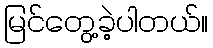
မြင်တွေ့ခဲ့ပါတယ်။